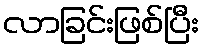
လာခြင်းဖြစ်ပြီး